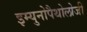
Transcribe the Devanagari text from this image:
इम्युनोपैथोलोजी